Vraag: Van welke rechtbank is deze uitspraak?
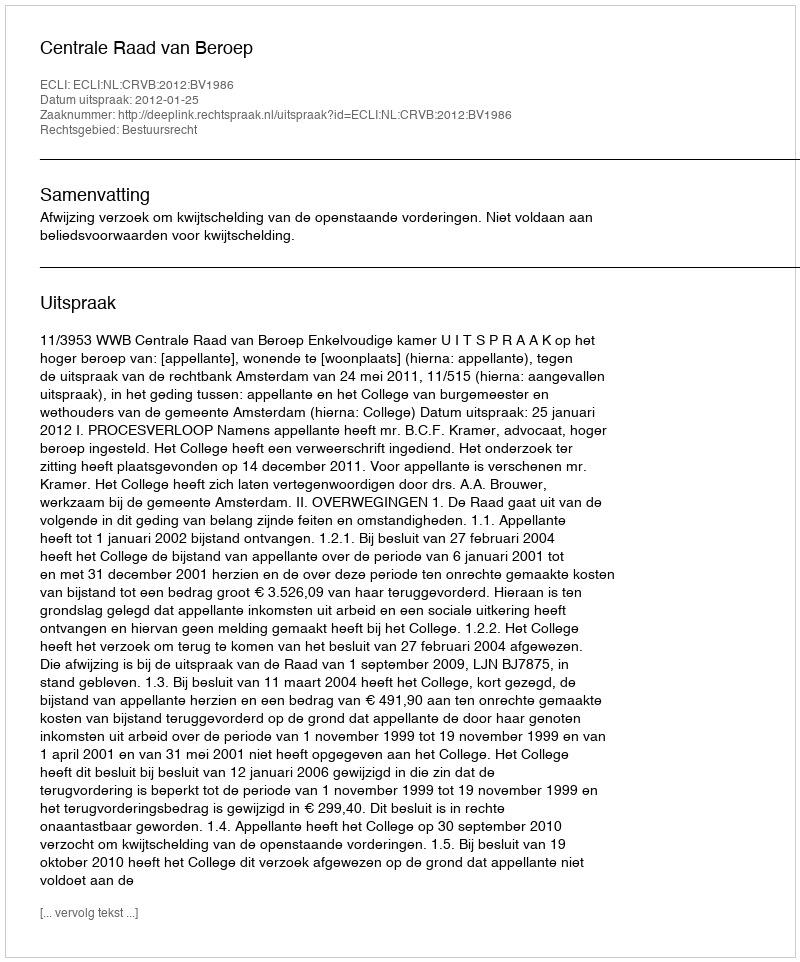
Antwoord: Centrale Raad van Beroep